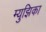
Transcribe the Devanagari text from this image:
म्युझिका